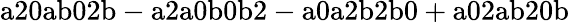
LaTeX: \mathrm{a20ab02b-a2a0b0b2-a0a2b2b0+a02ab20b}